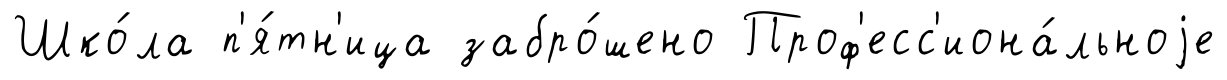
Шко́ла п'я́тн'ица забро́шено Проф'есс'иона́льноjе